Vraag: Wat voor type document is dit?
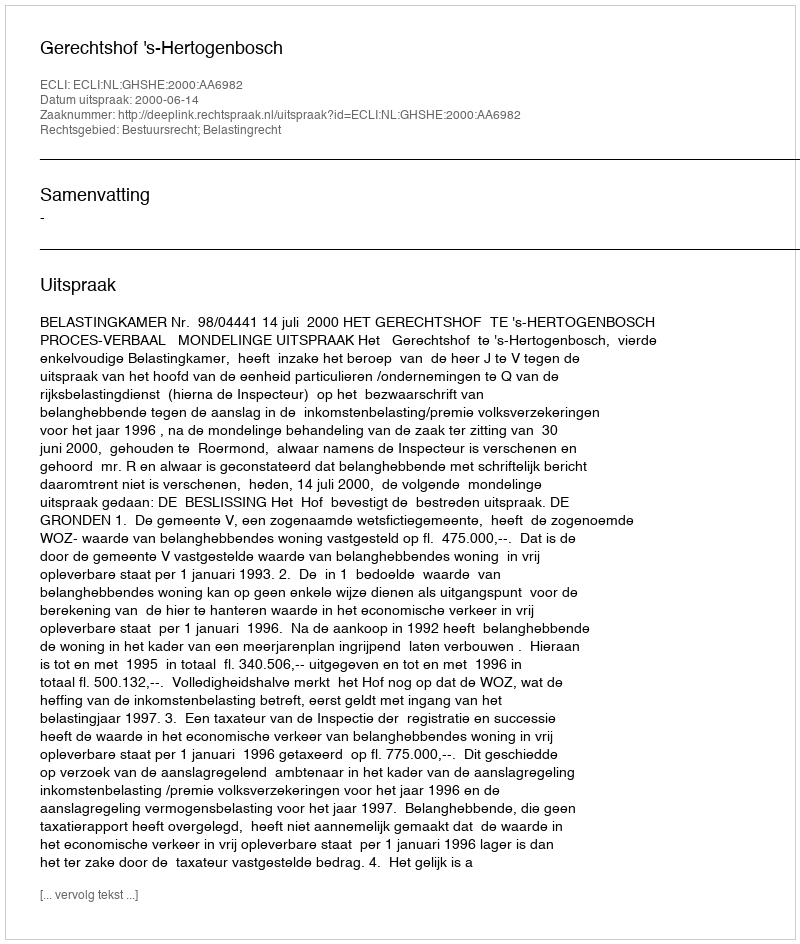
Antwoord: Uitspraak